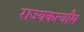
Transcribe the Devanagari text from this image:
राज्यकर्त्यांस